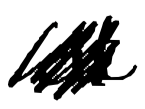
Text: at
Cross-out: scratch
Writing tool: digital_black